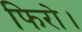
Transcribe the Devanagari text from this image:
फिरो।